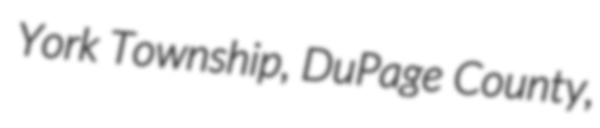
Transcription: York Township, DuPage County,